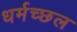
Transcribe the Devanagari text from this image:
धर्मच्छल